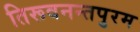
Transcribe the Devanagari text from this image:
तिरूवनन्तपुरम